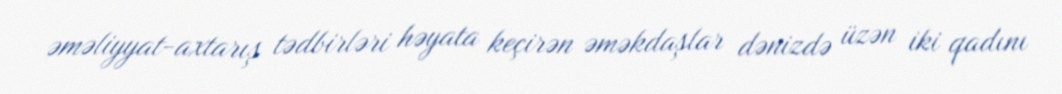
əməliyyat-axtarış tədbirləri həyata keçirən əməkdaşlar dənizdə üzən iki qadını